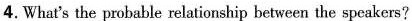
4.What's the probable relationship between the speakers?